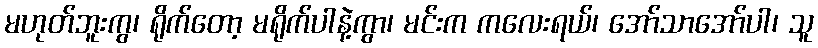
မဟုတ်ဘူးကွ၊ ရိုက်တော့ မရိုက်ပါနဲ့ကွာ၊ မင်းက ကလေးရယ်၊ အော်သာအော်ပါ၊ သူ